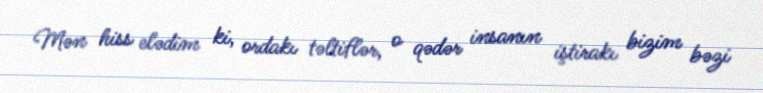
Mən hiss elədim ki, ordakı təltiflər, o qədər insanın iştirakı bizim bəzi